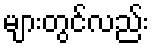
များတွင်လည်း